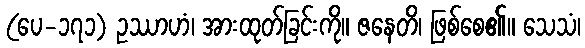
(ပေ-၁၇၁) ဥဿာဟံ၊ အားထုတ်ခြင်းကို။ ဇနေတိ၊ ဖြစ်စေ၏။ သေသံ၊